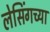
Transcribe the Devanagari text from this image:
लेसिंगच्या